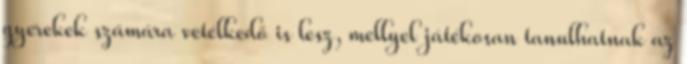
gyerekek számára vetélkedő is lesz, mellyel játékosan tanulhatnak az